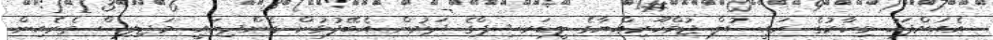
އެއަށްފަހު މިހާރުގެ ރައީސުލް ޖުމްހޫރިއްޔާގެ ލީޑަރޝިޕްގެ ދަށުން އެބޭފުޅުން ގެންދިޔައީ މަޖިލިސް ތެރެއިން